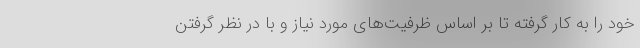
خود را به کار گرفته تا بر اساس ظرفیت‌های مورد نیاز و با در نظر گرفتن